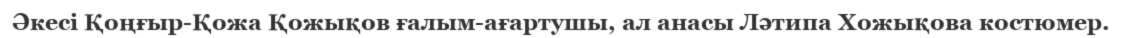
Әкесі Қоңғыр-Қожа Қожықов ғалым-ағартушы, ал анасы Ләтипа Хожықова костюмер.